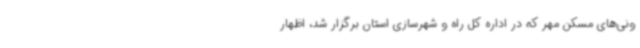
ونی‌های مسکن مهر که در اداره کل راه و شهرسازی استان برگزار شد، اظهار